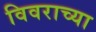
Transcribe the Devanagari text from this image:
विवराच्या